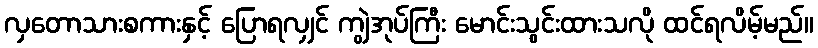
လှတောသားစကားနှင့် ပြောရလျှင် ကျွဲအုပ်ကြီး မောင်းသွင်းထားသလို ထင်ရလိမ့်မည်။